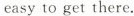
easy to get there.